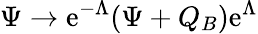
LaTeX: \Psi\to\mathrm{e}^{-\Lambda}(\Psi+Q_{B})\mathrm{e}^{\Lambda}